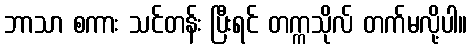
ဘာသာ စကား သင်တန်း ပြီးရင် တက္ကသိုလ် တက်မလို့ပါ။